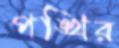
পঙ্খির